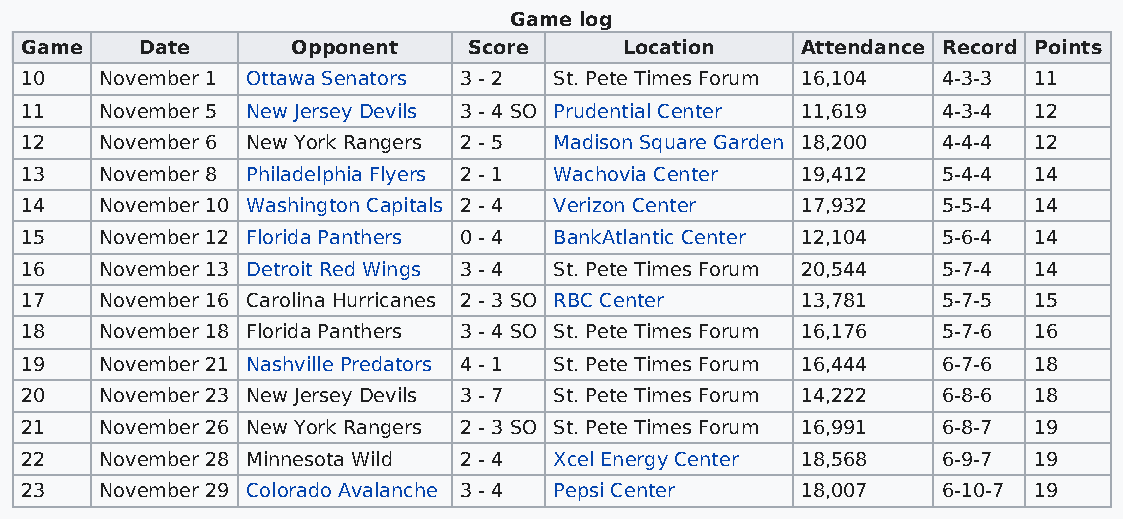
Game log
 Game    Date      Opponent    Score     Location    Attendance Record Points
 10    November 1 Ottawa Senators 3 - 2 St. Pete Times Forum 16,104 4-3-3 11
 11    November 5 New Jersey Devils 3 - 4 SO Prudential Center 11,619 4-3-4 12
 12    November 6 New York Rangers 2 - 5 Madison Square Garden 18,200 4-4-4 12
 13    November 8 Philadelphia Flyers 2 - 1 Wachovia Center 19,412 5-4-4 14
 14    November 10 Washington Capitals 2 - 4 Verizon Center 17,932 5-5-4 14
 15    November 12 Florida Panthers 0 - 4 BankAtlantic Center 12,104 5-6-4 14
 16    November 13 Detroit Red Wings 3 - 4 St. Pete Times Forum 20,544 5-7-4 14
 17    November 16 Carolina Hurricanes 2 - 3 SO RBC Center 13,781 5-7-5 15
 18    November 18 Florida Panthers 3 - 4 SO St. Pete Times Forum 16,176 5-7-6 16
 19    November 21 Nashville Predators 4 - 1 St. Pete Times Forum 16,444 6-7-6 18
 20    November 23 New Jersey Devils 3 - 7 St. Pete Times Forum 14,222 6-8-6 18
 21    November 26 New York Rangers 2 - 3 SO St. Pete Times Forum 16,991 6-8-7 19
 22    November 28 Minnesota Wild 2 - 4 Xcel Energy Center 18,568 6-9-7 19
 23    November 29 Colorado Avalanche 3 - 4 Pepsi Center 18,007 6-10-7 19